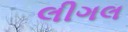
લીગલ